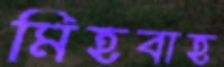
মিহবাহ